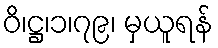
ဝိ၊ဋ္ဌ၊၁၊၇၉၊ မှယူရန်